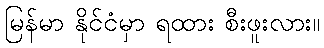
မြန်မာ နိုင်ငံမှာ ရထား စီးဖူးလား။